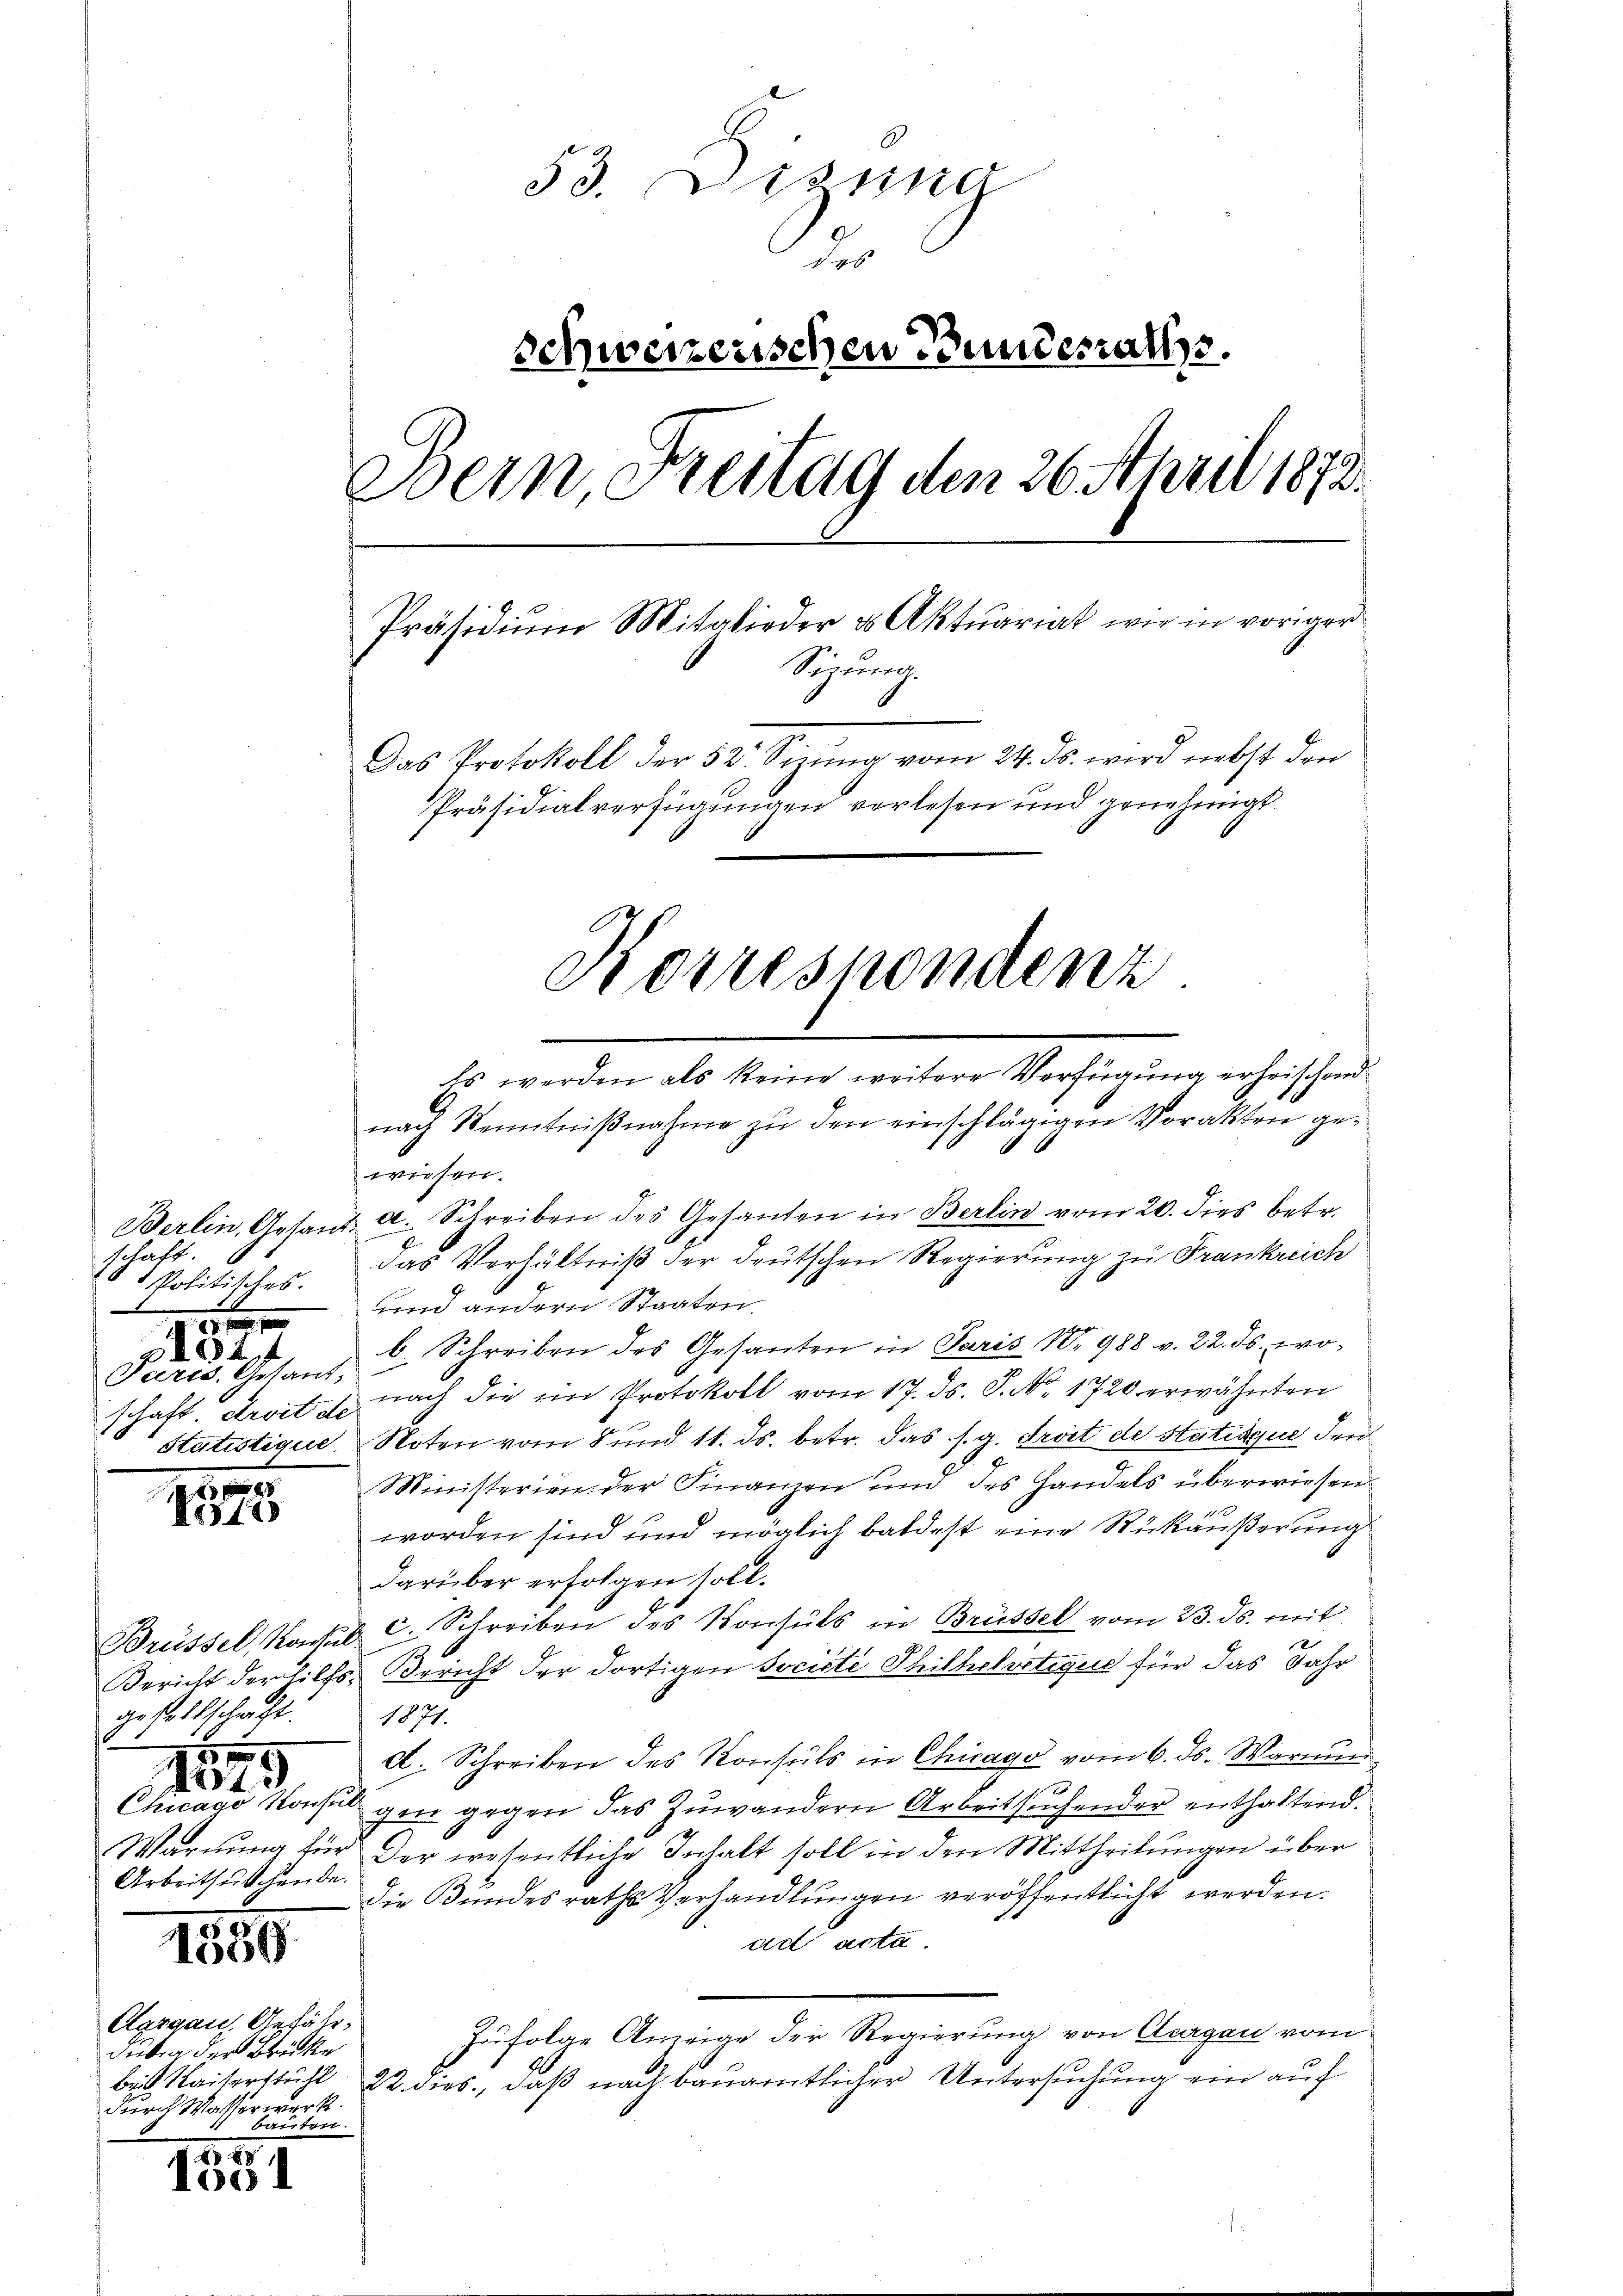
schaft.
 Politisches.

44
Paris, Gesand¬

.
No11

gesellschaft.
1775
Arbeitsutchende.

1859

wiesen.
Berlin, Gesand a. Schreiben des Gesanden in Berlin vom 20. dies betr.
das Verhältniß der deutschen Regierung zu Frankreich
und andern Staaten.
b. Schreiben des Gesanten in Paris No 988 v. 22. ds. woschaft. Droit u. nach die im Protokoll vom 17. ds. S. Nr. 1720 erwähnten
Statistique. Noten vom 8 und 11. ds. betr. das s. g. droit de statisque den
Ministerien der Finanzen und des Handels überwiesen
worden sind und möglich baldest eine Rückäußerung
darüber erfolgen soll.
Brüssel, Nachs c. Schreiben des Konsuls in Brüssel vom 23. ds. mit
Bericht der Hilfs, Bericht der dortigen Societe Thilhelvetige für das Jahr
1877.
d. Schreiben des Konsuls in Chicago vom 6. ds. Warnu
Chicago Konsul gen gegen das Zuwandern Arbeitsuchender enthaltend.
Warnung für der wesentliche Inhalt soll in den Mittheilungen über
die Bundesraths Verhandlungen veröffentlicht werden.
ad acta.
Zufolge Anzeige der Regierung von Organ vom
bis Kaiserstühl, 22. dies, daß nach bauamtlicher Untersuchung ein auf

Aargau. Gefähr.
dubig der Brücke
durch Wasserwerk.
Bauten.

851
1004

53. Desung
d
schweizerischen Bundesrathss.
Bern, tenug den 26. April 1872.
Präsidiŭm Mitglieder es Aktuariat wir in voriger
Sizung
Das Protokoll der 52. Sinng vom 24. ds. wird nebst den
Präsidialverfügungen verlesen und genehmigt.

Es werden als keine weitere Verfügung erheischend
nach Kenntnißnahme zu den einschlägigen Vorakten ge¬

Korrespondenz